system: You are a helpful assistant.
user:
Analyze the provided spectrum to determine if it is a **White Dwarf (WD)**.

A White Dwarf spectrum is defined by its **extreme purity** (due to gravitational settling) and/or **extreme pressure broadening** (due to high surface gravity). You must check for one of the following mutually exclusive signatures:

- **Key Visual Indicators (Check for ONE of these types):**

    - **1. DA-Type Signature (Most Common):**
        - **(Primary Feature):** Extreme pressure broadening (Stark broadening) of the **Hydrogen (H) Balmer lines**.
        - **(Key Lines):** $H\beta$ (approx. $4861$ Å) and $H\gamma$ (approx. $4340$ Å). $H\alpha$ (approx. $6563$ Å) will also be present if the wavelength range covers it.
        - **(Line Profile):** This is the **defining feature**. The lines are **NOT** sharp. They appear as massive, **extremely broad and deep "troughs" or "dips"** in the spectrum, often hundreds of Ångströms wide. The continuum will appear to "scoop" down at these wavelengths.
        - **(Distinction):** Normal A-type or B-type stars have *narrow* and *sharp* Hydrogen lines. A DA White Dwarf's lines are unmistakably "smeared" or "blurry" from pressure.

    - **2. DB-Type Signature:**
        - **(Primary Feature):** Broad absorption lines from **Neutral Helium (He I)**. The spectrum must lack any visible Hydrogen lines.
        - **(Key Lines):** Look for broad absorption near $4471$ Å, $4921$ Å, and $5876$ Å.
        - **(Line Profile):** These lines are also significantly pressure-broadened, appearing much wider than they would in a normal B-type main-sequence star.

    - **3. DC-Type Signature:**
        - **(Primary Feature):** A **featureless continuous spectrum**.
        - **(Line Profile):** The spectrum is a smooth curve with **no significant absorption or emission lines**.
        - **(Key Confirmation):** The continuum is almost always **blue or white**, indicating a hot object. This signature implies the atmosphere is so pure (or so cool) that no spectral lines are visible in the optical range. Its WD identity is confirmed by its extremely low intrinsic brightness (high absolute magnitude).

    - **4. DZ-Type Signature (Metal-Polluted):**
        - **(Primary Feature):** **Isolated, narrow metal absorption lines** on an otherwise featureless (DC-like) continuum.
        - **(Key Lines):** The **Calcium (Ca II) H & K doublet** (approx. **$3934$ Å** and **$3968$ Å**) is the most common and defining feature.
        - **(Line Profile):** These lines are "out of place." They are *not* part of a "forest" of thousands of lines. This signature is evidence of recent *accretion* (pollution) from rocky debris.
        - **(Distinction):** Normal G/K/M stars have a *dense forest* of thousands of metal lines. A DZ has a *clean* continuum with *only a few* strong metal lines.

    - **5. DQ-Type Signature (Carbon-Polluted):**
        - **(Primary Feature):** Absorption bands from **Carbon (C₂ "Swan Bands" or atomic C I)**.
        - **(Key Lines - C₂):** Look for bandheads with a "saw-tooth" shape near $5635$ Å, **$5165$ Å** (strongest), and $4737$ Å.
        - **(Key Confirmation):** The underlying **continuum must be blue or white** (hot).
        - **(Distinction):** This is the critical difference from a **Carbon Star**, which has the *exact same* C₂ bands but on an extremely **red, cool** continuum.

- **(Overall Spectrum):**
    - The continuum (overall shape) is typically **blue-sloping** (brighter in the blue than the red), as most white dwarfs are very hot.
    - The spectrum will look "pure" or "simple," dominated by only *one* of the five signatures listed above.

Think first, call **spectral_visualization_tool** if needed to examine features in detail, then provide your final answer. Your response must adhere to the following strict rules:
1.  **Overall Structure:** Your response must follow the format `<think>...</think> <tool_call>...</tool_call> (if a tool is used) <answer>...</answer>`.
2.  **Tool Usage Constraint:** You may only make **one** tool call per turn.
3.  **Final Answer Format:** In the `<answer>` tag, your conclusion must be inside a `\boxed{}` command (e.g., `\boxed{YES}` or `\boxed{NO}`), followed by your justification.

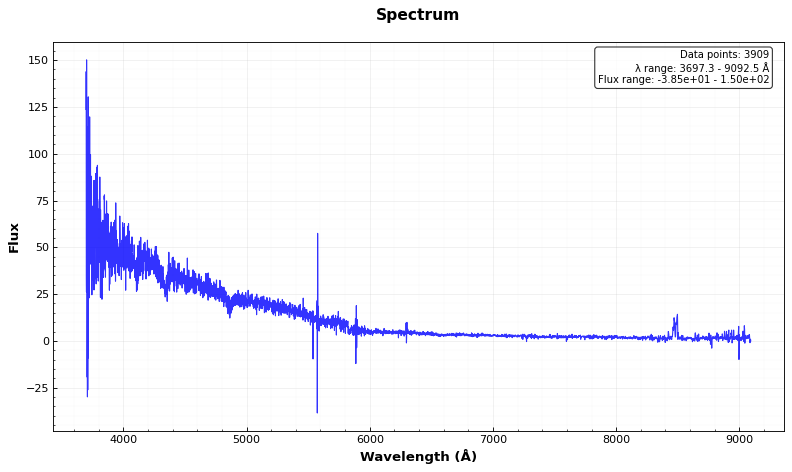
Answer: YES